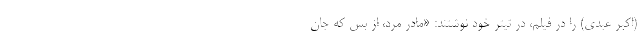
(اکبر عبدي) را در فيلم، در تيتر خود نوشتند: «مادر مرد، از بس که جان